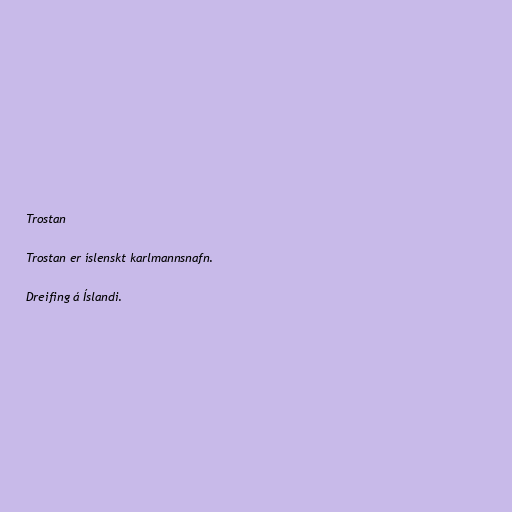
Trostan

Trostan er íslenskt karlmannsnafn.

Dreifing á Íslandi.